Proceedings of the meeting of veterinary officers in India
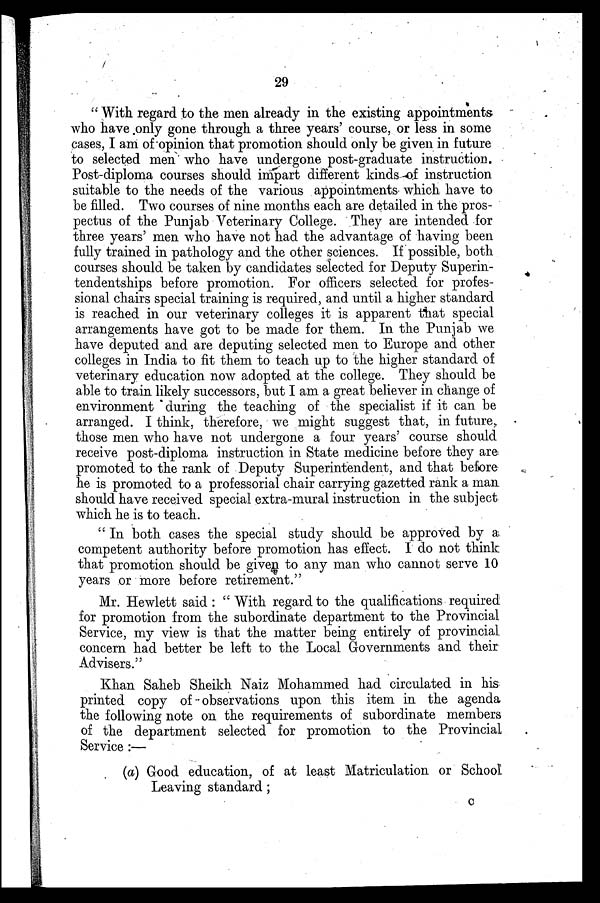
29
"With regard to the men already in the existing appointments
who have only gone through a three years' course, or less in some
cases, I am of opinion that promotion should only be given in future
to selected men who have undergone post-graduate instruction.
Post-diploma courses should impart different kinds of instruction
suitable to the needs of the various appointments which have to
be filled. Two courses of nine months each are detailed in the pros-
pectus of the Punjab Veterinary College. They are intended for
three years' men who have not had the advantage of having been
fully trained in pathology and the other sciences. If possible, both
courses should be taken by candidates selected for Deputy Superin-
tendentships before promotion. For officers selected for profes-
sional chairs special training is required, and until a higher standard
is reached in our veterinary colleges it is apparent that special
arrangements have got to be made for them. In the Punjab we
have deputed and are deputing selected men to Europe and other
colleges in India to fit them to teach up to the higher standard of
veterinary education now adopted at the college. They should be
able to train likely successors, but I am a great believer in change of
environment during the teaching of the specialist if it can be
arranged. I think, therefore, we might suggest that, in future,
those men who have not undergone a four years' course should
receive post-diploma instruction in State medicine before they are
promoted to the rank of Deputy Superintendent, and that before
he is promoted to a professorial chair carrying gazetted rank a man
should have received special extra-mural instruction in the subject
which he is to teach.
"In both cases the special study should be approved by a
competent authority before promotion has effect. I do not think
that promotion should be given to any man who cannot serve 10
years or more before retirement."
Mr. Hewlett said: "With regard to the qualifications required
for promotion from the subordinate department to the Provincial
Service, my view is that the matter being entirely of provincial
concern had better be left to the Local Governments and their
Advisers."
Khan Saheb Sheikh Naiz Mohammed had circulated in his
printed copy of observations upon this item in the agenda
the following note on the requirements of subordinate members
of the department selected for promotion to the Provincial
Service:—
(a) Good education, of at least Matriculation or School
Leaving standard;
C